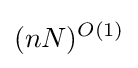
(nN)^{O(1)}